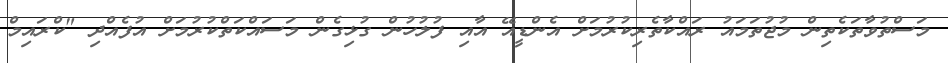
މަސްތުވާތަކެތިން މުޖުތަމައު ރައްކާތެރިކުރުމަށް އެންޑީއޭ އާއި ފުލުހުން ގުޅިގެން މަސައްކަތްކުރުމަށް އުފެއްދި "ކްރައިމް